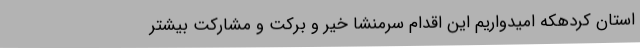
استان کردهکه امیدواریم این اقدام سرمنشا خیر و برکت و مشارکت بیشتر